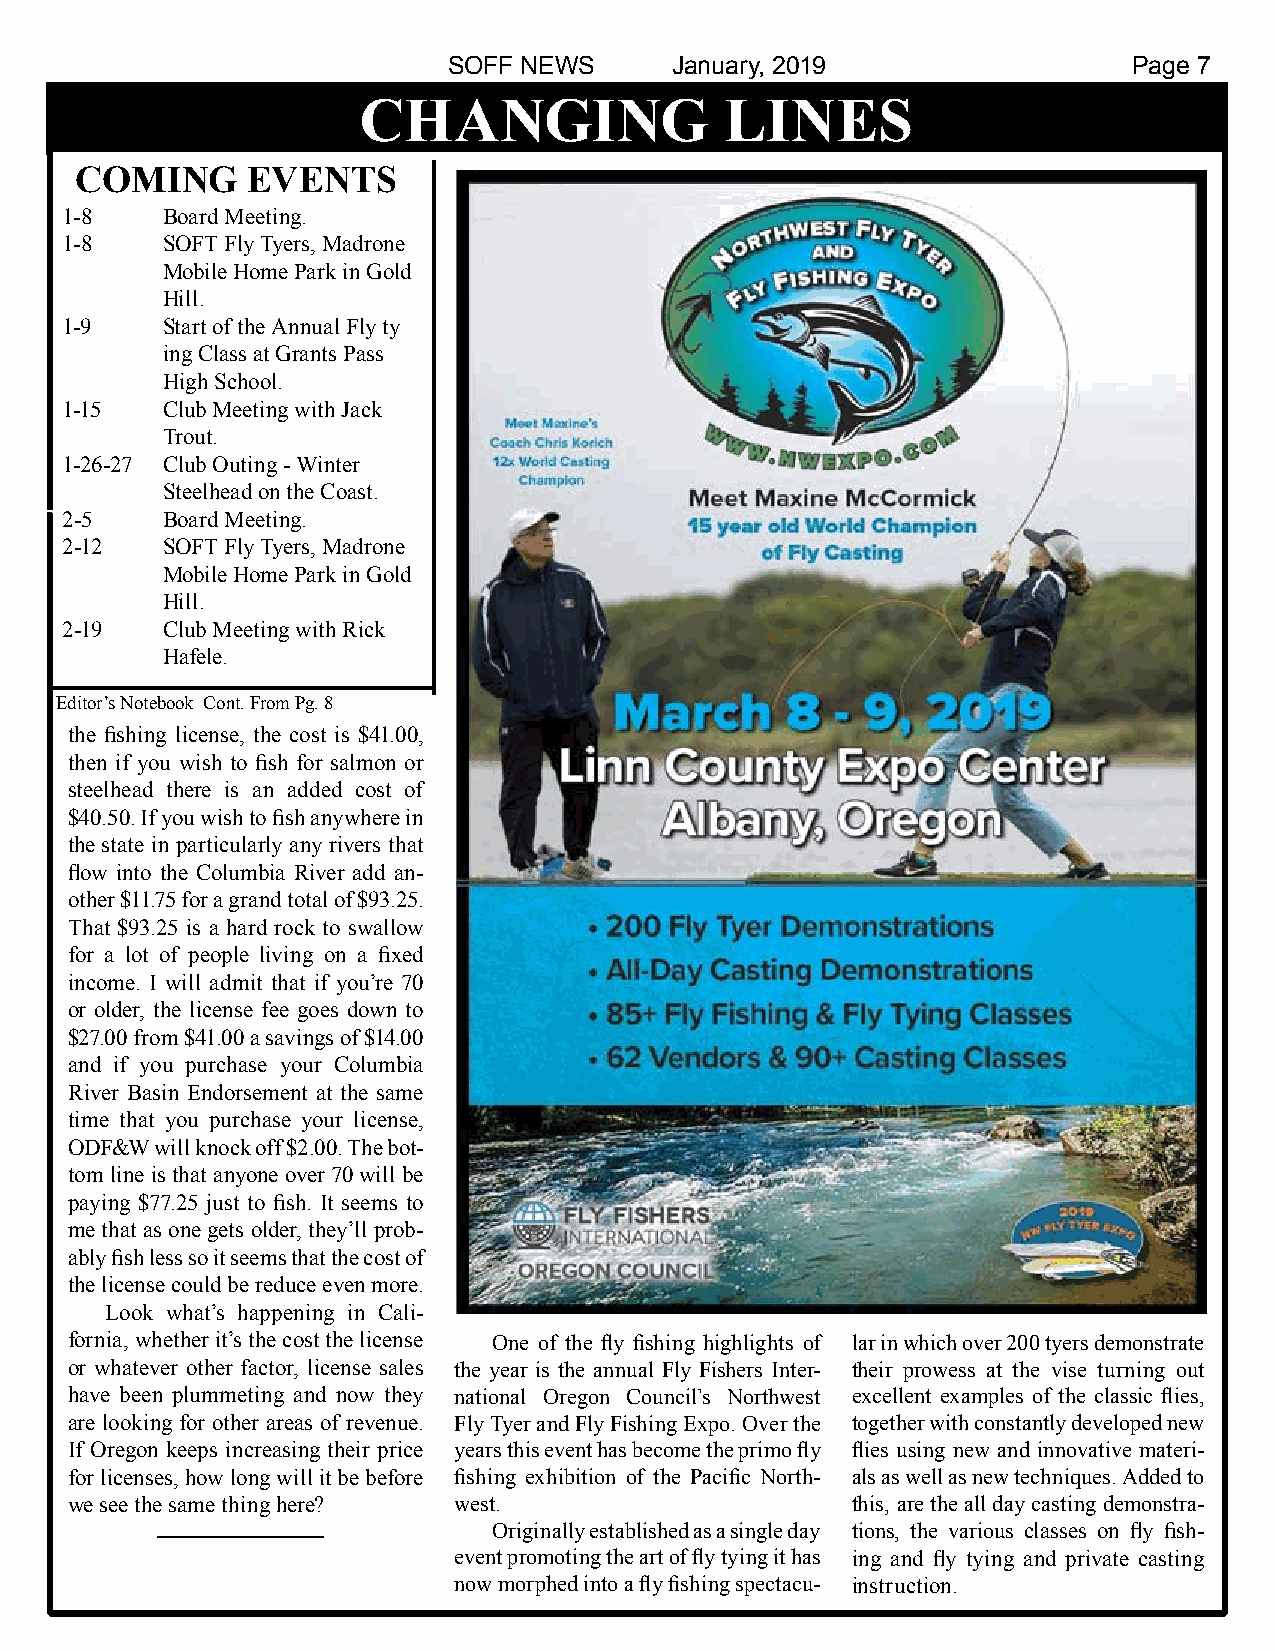
SOFF NEWS      January, 2019                 Page 7
 CHANGING                LINES
 COMING     EVENTS
 1-8    Board Meeting.
 1-8    SOFT Fly Tyers, Madrone
 Mobile Home Park in Gold
 Hill.
 1-9    Start of the Annual Fly ty
 ing Class at Grants Pass
 High School.
 1-15   Club Meeting with Jack
 Trout.
 1-26-27 Club Outing - Winter
 Steelhead on the Coast.
 2-5    Board Meeting.
 2-12   SOFT Fly Tyers, Madrone
 Mobile Home Park in Gold
 Hill.
 2-19   Club Meeting with Rick
 Hafele.
 Editor’s Notebook Cont. From Pg. 8
 the fishing license, the cost is $41.00,
 then if you wish to fish for salmon or
 steelhead there is an added cost of
 $40.50. If you wish to fish anywhere in
 the state in particularly any rivers that
 flow into the Columbia River add an-
 other $11.75 for a grand total of $93.25.
 That $93.25 is a hard rock to swallow
 for a lot of people living on a fixed
 income. I will admit that if you’re 70
 or older, the license fee goes down to
 $27.00 from $41.00 a savings of $14.00
 and if you purchase your Columbia
 River Basin Endorsement at the same
 time that you purchase your license,
 ODF&W will knock off $2.00. The bot-
 tom line is that anyone over 70 will be
 paying $77.25 just to fish. It seems to
 me that as one gets older, they’ll prob-
 ably fish less so it seems that the cost of
 the license could be reduce even more.
 Look what’s happening in Cali-
 fornia, whether it’s the cost the license One of the fly fishing highlights of lar in which over 200 tyers demonstrate
 or whatever other factor, license sales the year is the annual Fly Fishers Inter- their prowess at the vise turning out
 have been plummeting and now they national Oregon Council’s Northwest excellent examples of the classic flies,
 are looking for other areas of revenue. Fly Tyer and Fly Fishing Expo. Over the together with constantly developed new
 If Oregon keeps increasing their price years this event has become the primo fly flies using new and innovative materi-
 for licenses, how long will it be before fishing exhibition of the Pacific North- als as well as new techniques. Added to
 we see the same thing here? west.                   this, are the all day casting demonstra-
 Originally established as a single day tions, the various classes on fly fish-
 event promoting the art of fly tying it has ing and fly tying and private casting
 now morphed into a fly fishing spectacu- instruction.